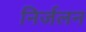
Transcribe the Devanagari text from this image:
निर्जलन